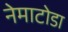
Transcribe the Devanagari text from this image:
नेमाटोडा